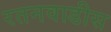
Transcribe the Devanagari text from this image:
रतनवाडीस